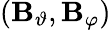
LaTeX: (\mathbf{B}_{\vartheta},\mathbf{B}_{\varphi})